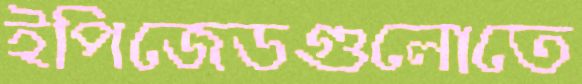
ইপিজেডগুলোতে